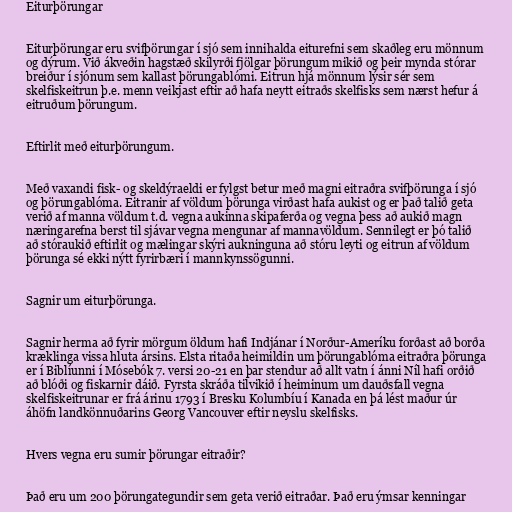
Eiturþörungar

Eiturþörungar eru svifþörungar í sjó sem innihalda eiturefni sem skaðleg eru mönnum
og dýrum. Við ákveðin hagstæð skilyrði fjölgar þörungum mikið og þeir mynda stórar
breiður í sjónum sem kallast þörungablómi. Eitrun hjá mönnum lýsir sér sem
skelfiskeitrun þ.e. menn veikjast eftir að hafa neytt eitraðs skelfisks sem nærst hefur á
eitruðum þörungum.

Eftirlit með eiturþörungum.

Með vaxandi fisk- og skeldýraeldi er fylgst betur með magni eitraðra svifþörunga í sjó
og þörungablóma. Eitranir af völdum þörunga virðast hafa aukist og er það talið geta
verið af manna völdum t.d. vegna aukinna skipaferða og vegna þess að aukið magn
næringarefna berst til sjávar vegna mengunar af mannavöldum. Sennilegt er þó talið
að stóraukið eftirlit og mælingar skýri aukninguna að stóru leyti og eitrun af völdum
þörunga sé ekki nýtt fyrirbæri í mannkynssögunni.

Sagnir um eiturþörunga.

Sagnir herma að fyrir mörgum öldum hafi Indjánar í Norður-Ameríku forðast að borða
kræklinga vissa hluta ársins. Elsta ritaða heimildin um þörungablóma eitraðra þörunga
er í Biblíunni í Mósebók 7. versi 20-21 en þar stendur að allt vatn í ánni Níl hafi orðið
að blóði og fiskarnir dáið. Fyrsta skráða tilvikið í heiminum um dauðsfall vegna
skelfiskeitrunar er frá árinu 1793 í Bresku Kolumbíu í Kanada en þá lést maður úr
áhöfn landkönnuðarins Georg Vancouver eftir neyslu skelfisks.

Hvers vegna eru sumir þörungar eitraðir?

Það eru um 200 þörungategundir sem geta verið eitraðar. Það eru ýmsar kenningar